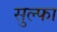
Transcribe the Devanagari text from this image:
सुल्फा